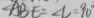
\angle A B E = \angle C = 9 0 ^ { \circ }